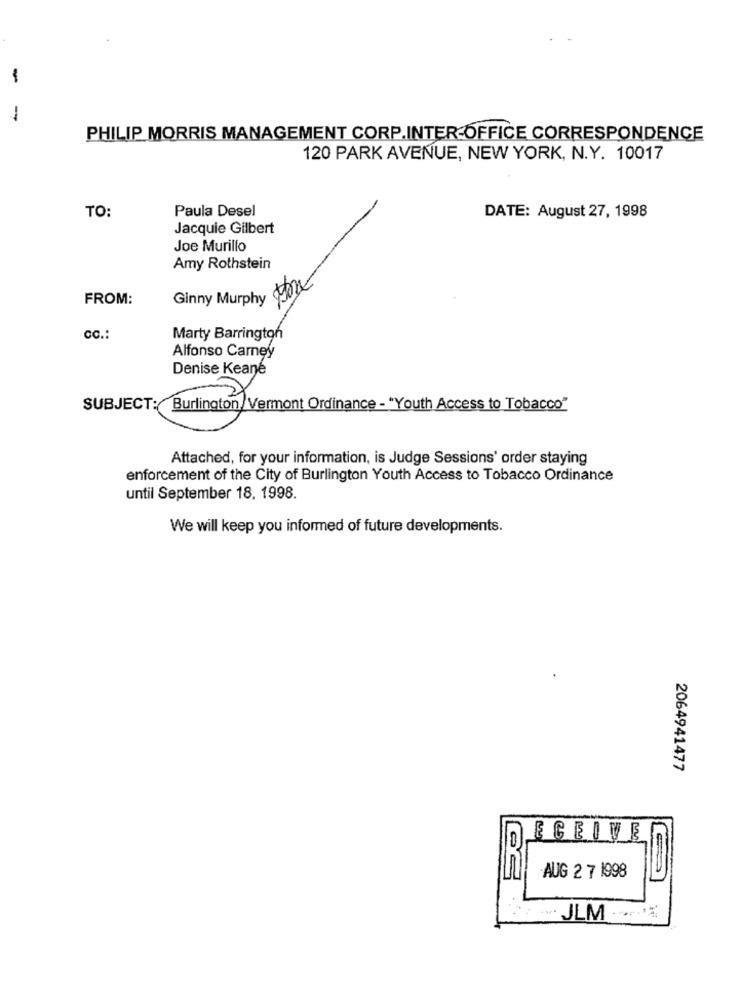
-
-
PHILIP MORRIS MANAGEMENT CORP.INTER OFFICE CORRESPONDENCE
120 PARK AVENUE, NEW YORK, N.Y. 10017
TO:
Paula Desel
DATE: August 27, 1998
Jacquie Gilbert
Joe Murillo
Amy Rothstein
FROM:
Ginny Murphy
cc .:
Marty Barrington
Alfonso Carney
Denise Keane
SUBJECT: Burlington/Vermont Ordinance - "Youth Access to Tobacco"
Attached, for your information, is Judge Sessions' order staying
enforcement of the City of Burlington Youth Access to Tobacco Ordinance
until September 18. 1998.
We will keep you informed of future developments.
2064941477
ECEIVE
AUG 2 7 1998
". JEM